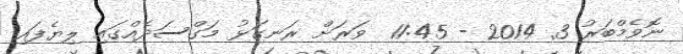
ނޮވެމްބަރު 3